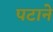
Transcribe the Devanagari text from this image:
पटाने